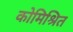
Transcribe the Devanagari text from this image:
कोमिश्रित